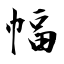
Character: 幅